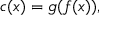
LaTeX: c ( x ) = g ( f ( x ) ) ,